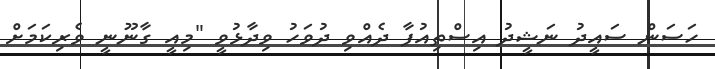
ހަސަން ސައީދު ނަޝީދު އިސްތިއުފާ ދެއްވި ދުވަހު ވިދާޅުވީ "މިއީ ގާނޫނީ ވެރިކަމަށް